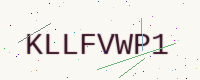
Text: KLLFVWP1